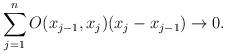
LaTeX: \begin{align*}\sum_{j=1}^n O(x_{j-1},x_j)(x_j-x_{j-1}) \rightarrow 0.\end{align*}